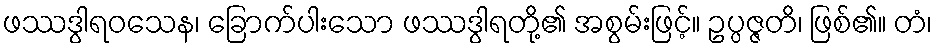
ဖဿဒွါရဝသေန၊ ခြောက်ပါးသော ဖဿဒွါရတို့၏ အစွမ်းဖြင့်။ ဥပ္ပဇ္ဇတိ၊ ဖြစ်၏။ တံ၊